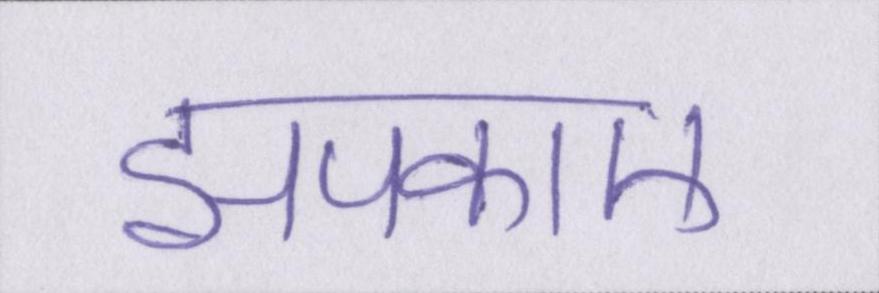
झपकाए